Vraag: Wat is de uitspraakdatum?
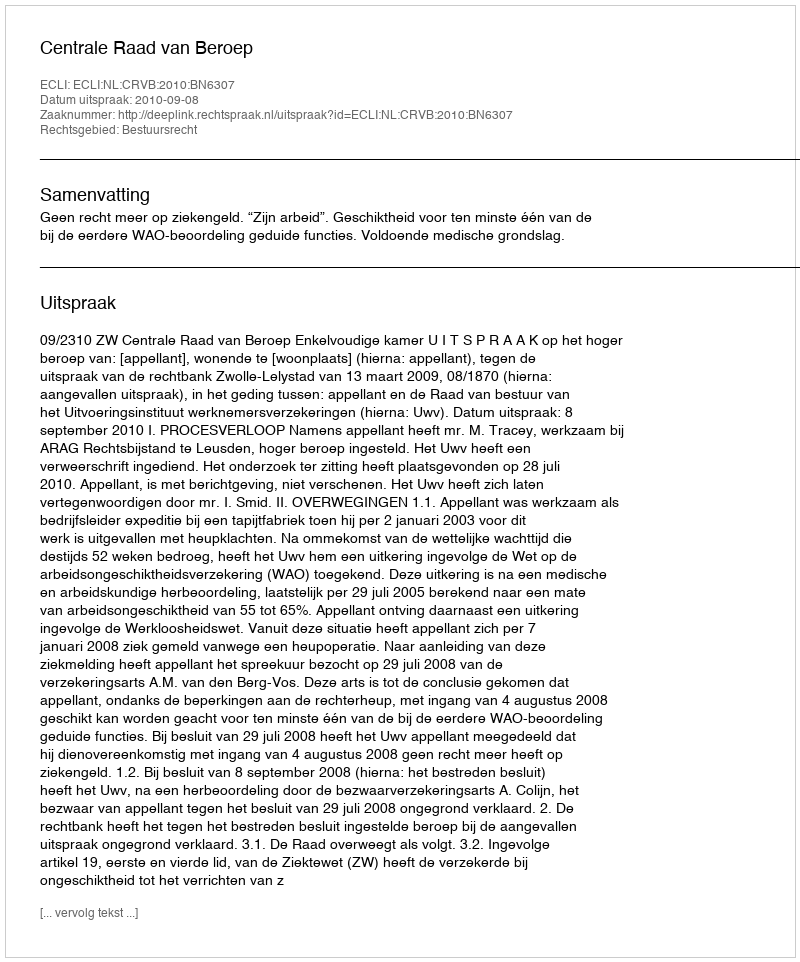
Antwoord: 2010-09-08